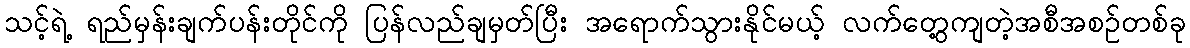
သင့်ရဲ့ ရည်မှန်းချက်ပန်းတိုင်ကို ပြန်လည်ချမှတ်ပြီး အရောက်သွားနိုင်မယ့် လက်တွေ့ကျတဲ့အစီအစဉ်တစ်ခု